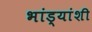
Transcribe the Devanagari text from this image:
भांड्यांशी